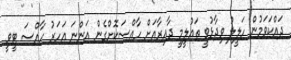
ދައްކަވަމުން ހަލީލު ވިދާޅުވީ ތައުލީމީ ދާއިރާއަށް ހާއްސަކޮށްގެން އަންނަ އަހަރު ހާއްސަ ޓީވީ